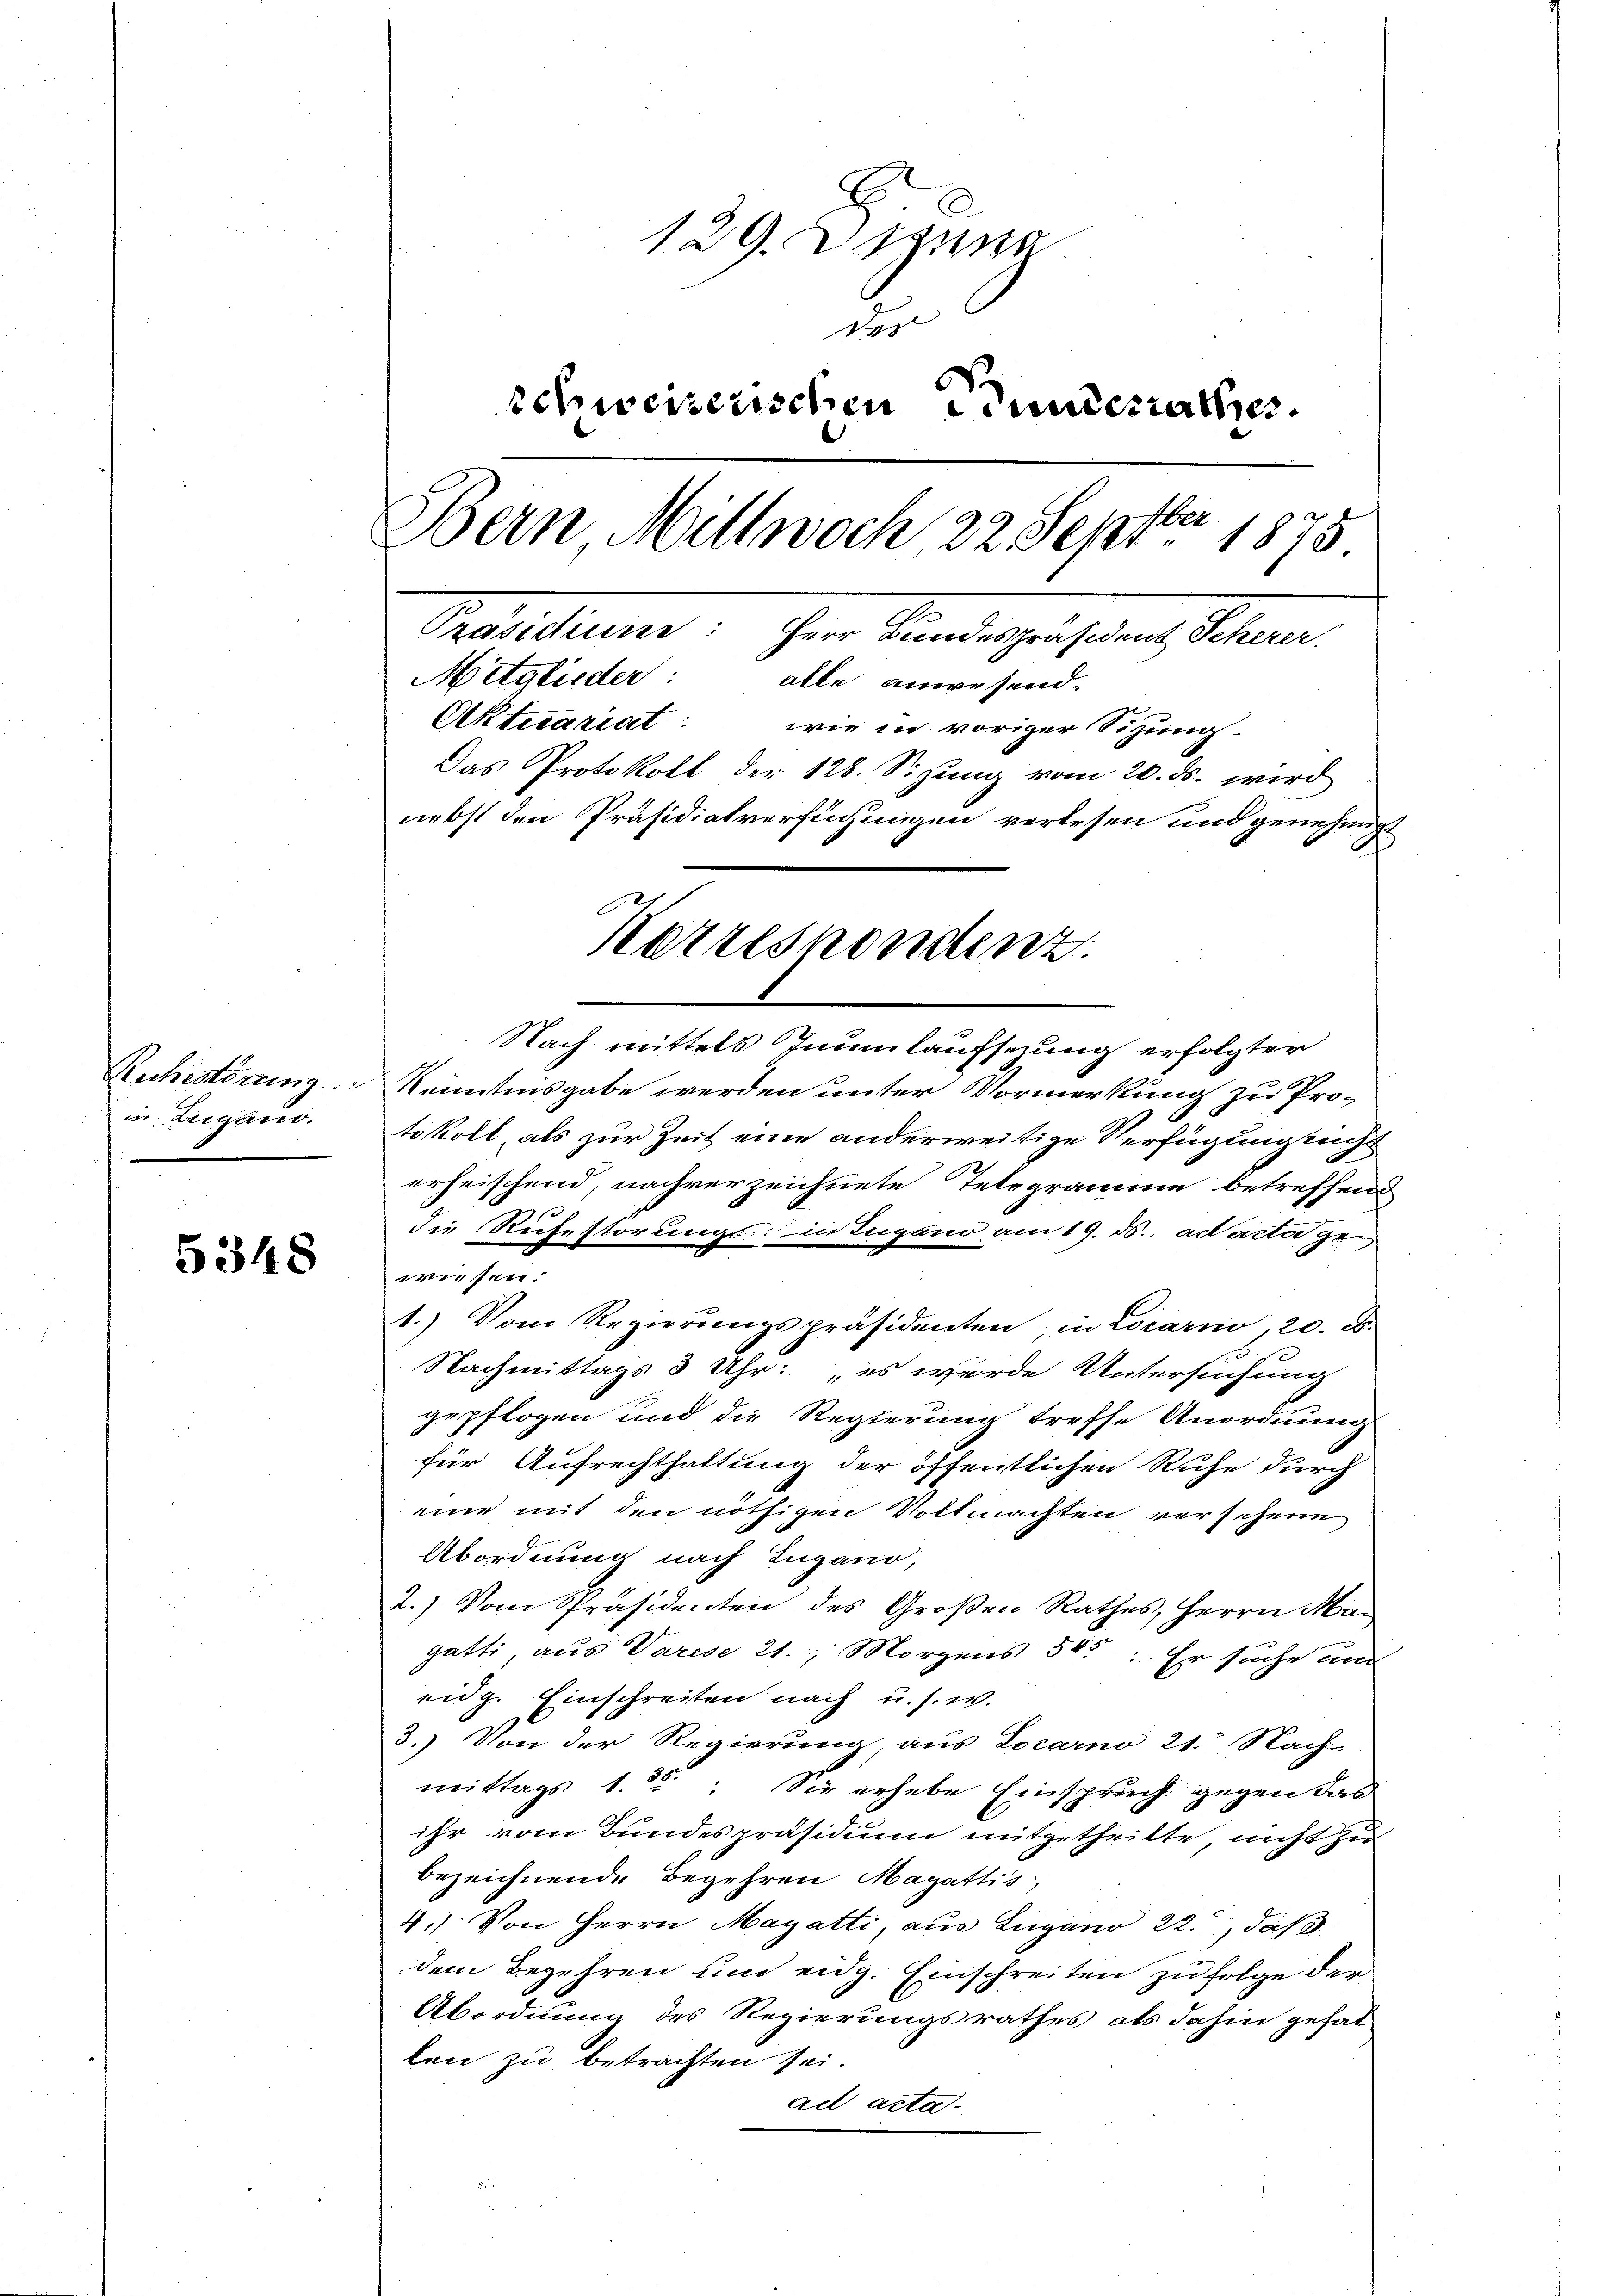
in Liegend.

5348

129. Dezung
des
schweizerischen Stundesrathes.
Bern Mittwoch, 22. Septbr 1875
Praediums, der Kindegeisten Steine
Mitglieder: alle anwesend.
Aktuariat: wie in voriger Sitzung.
Das Protokoll der 128. Sizung vom 20. ds. wird
nebst den Präsidiatversuchungen verlesen und genehmigt

Nach mittels Inumlaufsezung erfolgter
Ruchestörung Kenntnisgabe werden unter Vormerkung zu Protokoll, als zur Zeit eine anderweitige Verfügung nicht
erheischend, nachverzeichnete Telegramme betreffend
die Ruhestörungs: in Lugano am 19. ds. ad acta zei
wiesen.
1.) Vom Regierungspräsidenten, in Locarno, 20. u.
Nachmittags 3 Uhr: „es wurde Untersuchung
gepflogen und die Regierung treffe Anordnung
für Aufrechthaltung der öffentlichen Ruhe durch
eine mit den nöthigen Vollmachten versehene
Abordnung nach Lugano,
2.) Vom Präsidenten des Großen Rathes, Herrn Ma-
gatti, aus Varese 21. Morgens 545. Er suche und
eidg. Einschreiten nach u. s. w.
3.) Von der Regierung, aus Locarno 21. Nach-
mittags 1. 52: Sie erhebe Einspruch gegen das
ihr vom Bundespräsidium mitgetheilte, nicht zu
bezeichnende Begehren Magattis,
41) Von Herrn Mayetti, aus Lugano 22., daß
dem Begehren um eidg. Einschreiten zu folge der
Abordnung des Regierungsrathes als dahin gehat
len zu betrachten sei.
ad acta.

Korrespondenz.